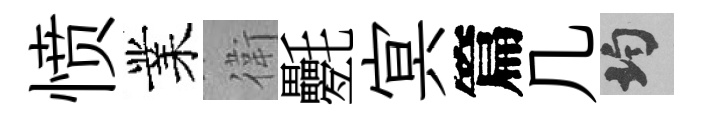
愤業衛氎㝠篇几均